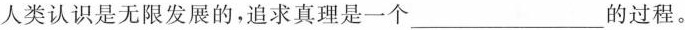
人类认识是无限发展的，追求真理是一个___的过程。